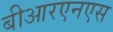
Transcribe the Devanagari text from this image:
बीआरएनएस